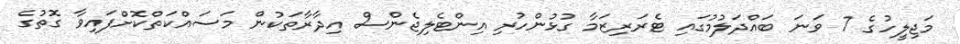
މަޖިލީހުގެ 7 ވަނަ ބައްދަލުމުގައި ޓެރަރިޒަމާ ގުޅުންހުރި އިންޓެލިޖެންސް އިދާރާތަކުން މަސައްކަތްކޮށްފައިވާ ގޮތުގެ